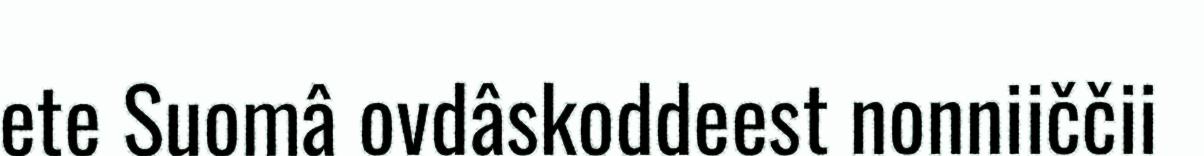
ete Suomâ ovdâskoddeest nonniiččii